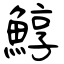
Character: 鯙